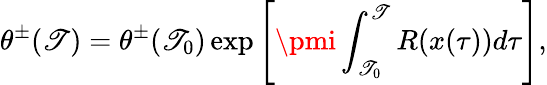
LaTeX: \theta^{\pm}(\mathscr{T})=\theta^{\pm}(\mathscr{T}_{0})\exp\left[\pmi\int_{\mathscr{T}_{0}}^{\mathscr{T}}R(x(\tau))d\tau\right],